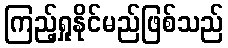
ကြည့်ရှုနိုင်မည်ဖြစ်သည်